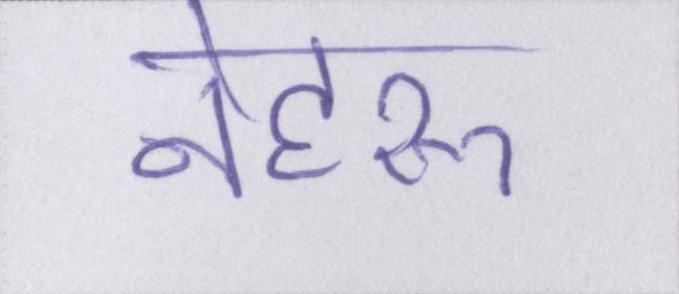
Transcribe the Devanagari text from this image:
नेहरू